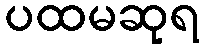
ပထမဆုရ